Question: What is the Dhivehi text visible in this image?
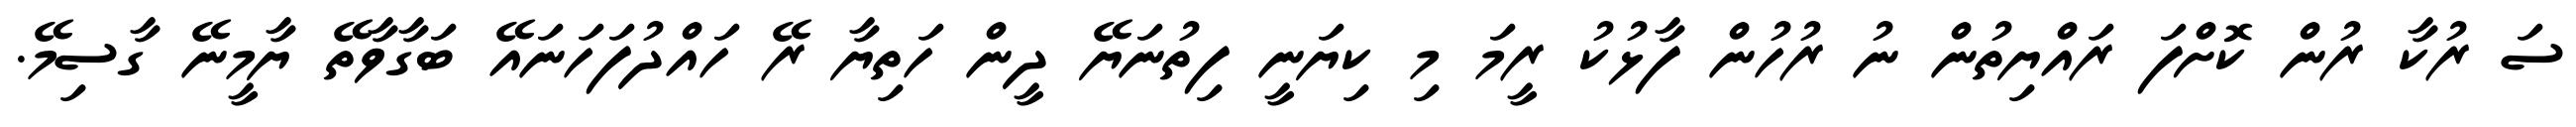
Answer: ސަ ރުކާ ރުން ކޮށްފަ ރައްޔިތުން ނު ރުހުން ފާޅުކު ރީމަ މި ކިޔަނީ ފިތުނަޔޭ ދީން ހަތިޔާ ރޭ ހައްދުފަހަނައޭ ބަގާވާތޭ ޔާމީނޭ ގާސިމޭ.